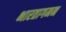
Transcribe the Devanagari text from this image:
भारतागमन